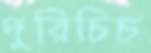
দুরিচিচ